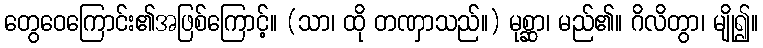
တွေဝေကြောင်း၏အဖြစ်ကြောင့်။ (သာ၊ ထို တဏှာသည်။) မုစ္ဆာ၊ မည်၏။ ဂိလိတွာ၊ မျို၍။